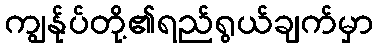
ကျွန်ုပ်တို့၏ရည်ရွယ်ချက်မှာ